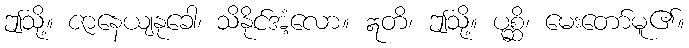
ဤသို့။ ဇာနေယျနုခေါ၊ သိနိုင်အံ့လော။ ဣတိ၊ ဤသို့။ ပုစ္ဆိ၊ မေးတော်မူ၏။